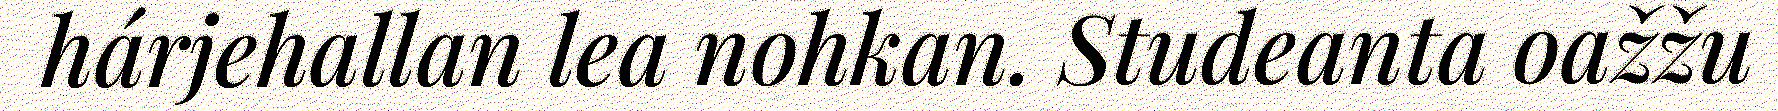
hárjehallan lea nohkan. Studeanta oažžu